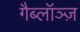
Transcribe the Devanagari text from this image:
गैब्लॉञ्ज़